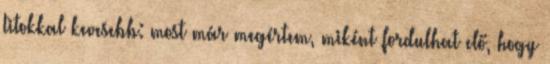
titokkal kevesebb: most már megértem, miként fordulhat elő, hogy